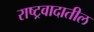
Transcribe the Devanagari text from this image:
राष्ट्रवादातील